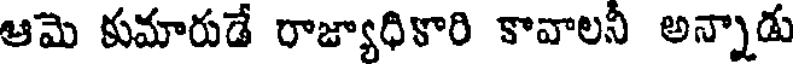
ఆమె కుమారుడే రాజ్యాధికారి కావాలనీ అన్నాడు